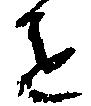
を